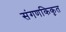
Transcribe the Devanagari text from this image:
संगणकिकृत